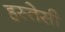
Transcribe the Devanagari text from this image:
हस्तेसी